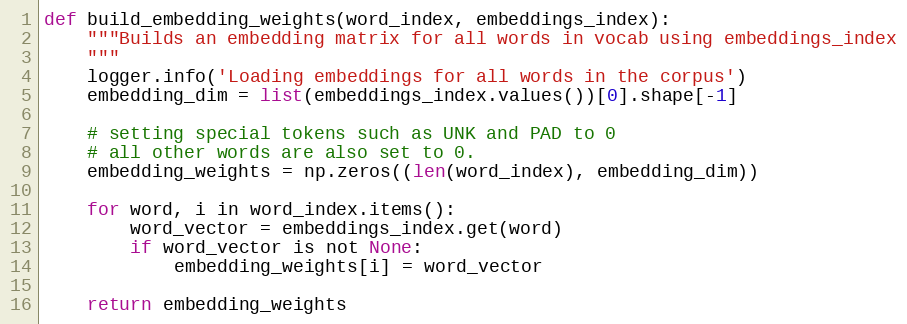
Language: Python
def build_embedding_weights(word_index, embeddings_index):
    """Builds an embedding matrix for all words in vocab using embeddings_index
    """
    logger.info('Loading embeddings for all words in the corpus')
    embedding_dim = list(embeddings_index.values())[0].shape[-1]

    # setting special tokens such as UNK and PAD to 0
    # all other words are also set to 0.
    embedding_weights = np.zeros((len(word_index), embedding_dim))

    for word, i in word_index.items():
        word_vector = embeddings_index.get(word)
        if word_vector is not None:
            embedding_weights[i] = word_vector

    return embedding_weights